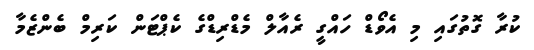
ކުރާ ގޮތުގައި މި އެވޯޑް ހައްގީ ރެއާލް މެޑްރިޑްގެ ކެޕްޓަން ކަރިމް ބެންޒެމާ